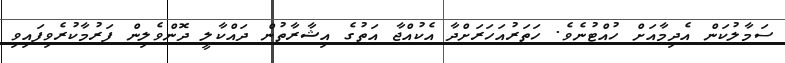
ސަމާލުކަން އެދިމާއަށް ހުއްޓުނެވެ. ހަތަރުއަހަރަށްދާ އެކުއްޖާ އަތުގެ އިޝާރާތުން ދައްކާލީ ދޮންވެލިން ފަރުމާކުރެވިފައިވި